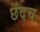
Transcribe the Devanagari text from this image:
छंदच